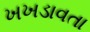
ખખડાવતા